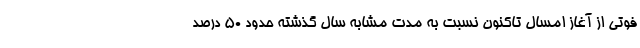
فوتی از آغاز امسال تاکنون نسبت به مدت مشابه سال گذشته حدود ۵۰ درصد